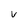
Character: v